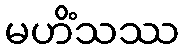
မဟိံသဿ